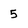
Character: 5